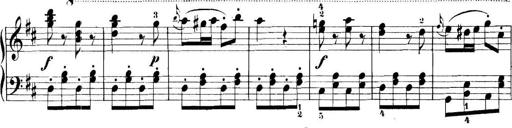
Title: 11 Sonatinas
Composer: Anton Diabelli